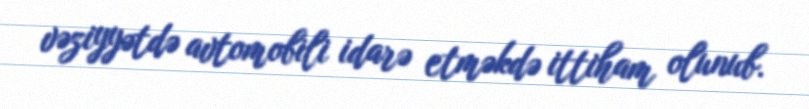
vəziyyətdə avtomobili idarə etməkdə ittiham olunub.